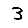
Digit: 3